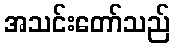
အသင်းတော်သည်